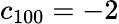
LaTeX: c_{100}=-2